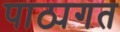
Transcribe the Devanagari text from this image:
पाठ्यगत